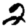
Digit: 2